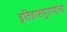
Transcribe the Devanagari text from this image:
इतिहासपुराणांचा